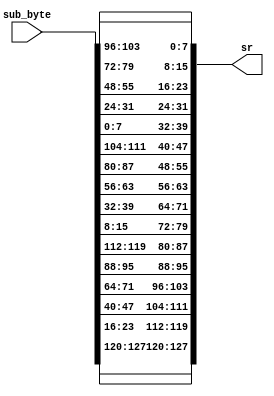
module inshift_row(sub_byte, sr);

input [127:0]sub_byte;
output [127:0] sr;


assign sr[127:120] = sub_byte[127:120];

assign sr[119:112] = sub_byte[23:16];

assign sr[111:104] = sub_byte[47:40];

assign sr[103:96] = sub_byte[71:64];

assign sr[95:88] = sub_byte[95:88];

assign sr[87:80] = sub_byte[119:112];

assign sr[79:72] = sub_byte[15:8];

assign sr[71:64] = sub_byte[39:32];

assign sr[63:56] = sub_byte[63:56];

assign sr[55:48] = sub_byte[87:80];

assign sr[47:40] = sub_byte[111:104];

assign sr[39:32] = sub_byte[7:0];

assign sr[31:24] = sub_byte[31:24];

assign sr[23:16] = sub_byte[55:48];

assign sr[15:8] = sub_byte[79:72];

assign sr[7:0] = sub_byte[103:96];



endmodule